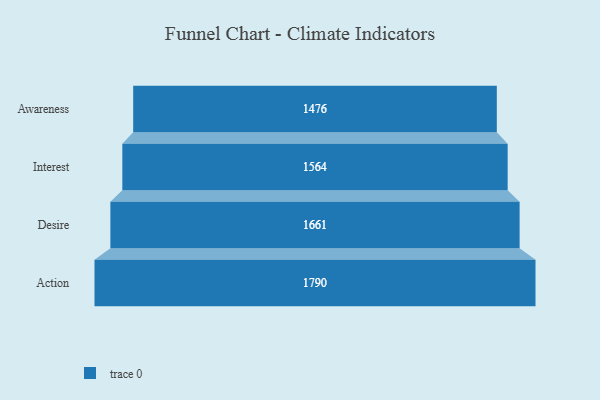
{"axis": {"x": "Stage", "y": "Value"}, "legend": [""], "data": [{"x": "Awareness", "y": 1476.0, "type": ""}, {"x": "Interest", "y": 1564.0, "type": ""}, {"x": "Desire", "y": 1661.0, "type": ""}, {"x": "Action", "y": 1790.0, "type": ""}]}